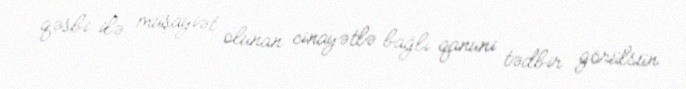
qəsbi ilə müşayiət olunan cinayətlə bağlı qanuni tədbir görülsün.